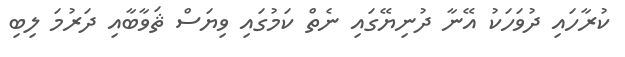
ކުރާހައި ދުވަހަކު އޭނާ ދުނިޔޭގައި ނެތް ކަމުގައި ވިޔަސް ޘަވާބާއި ދަރުމަ ލިބި